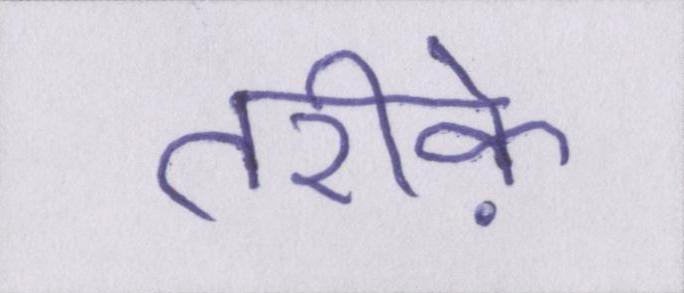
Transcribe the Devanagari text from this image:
तरीके़